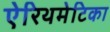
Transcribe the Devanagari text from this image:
ऐरिथमेटिका